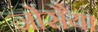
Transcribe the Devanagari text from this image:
जोसैया